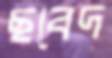
ছবেদ